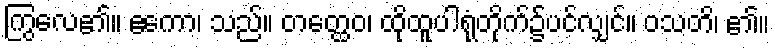
ကြွလေ၏။ ဧကော၊ သည်။ တတ္ထေဝ၊ ထိုထူပါရုံတိုက်၌ပင်လျှင်။ ဝသတိ၊ ၏။